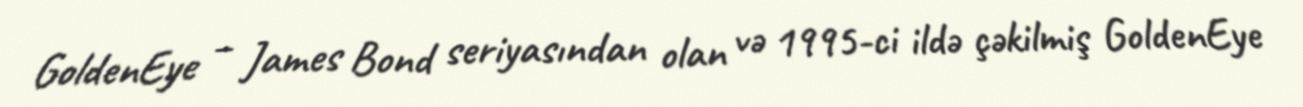
GoldenEye – James Bond seriyasından olan və 1995-ci ildə çəkilmiş GoldenEye